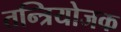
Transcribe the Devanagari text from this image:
तन्त्रियोजक